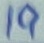
Text: 19